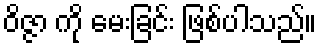
ဝိဇ္ဇာ ကို မေးခြင်း ဖြစ်ပါသည်။